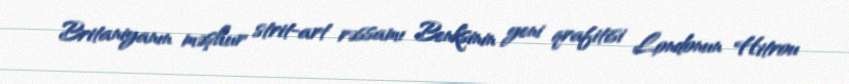
Britaniyanın məşhur strit-art rəssamı Benksinin yeni qrafitisi Londonun Hitrou